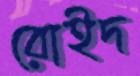
রোইদ